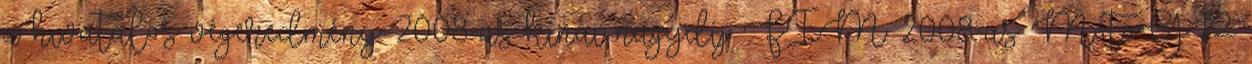
a hivatalos végeredmény. 2008-as kínai nagydíj F.I.M. 2008-as MotoGP